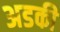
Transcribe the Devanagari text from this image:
अडकी